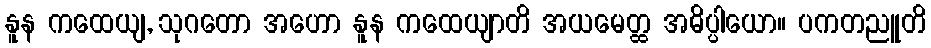
နူန ကထေယျ, သုဂတော အဟော နူန ကထေယျာတိ အယမေတ္ထ အဓိပ္ပါယော။ ပကတညူတိ